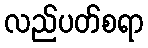
လည်ပတ်စရာ